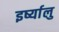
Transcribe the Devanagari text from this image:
इर्ष्यालु